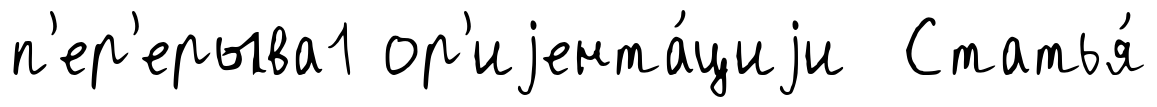
п'ер'ерыва1 ор'иjента́циjи Статья́